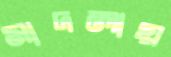
মাদলায়